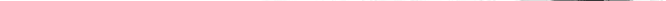
___